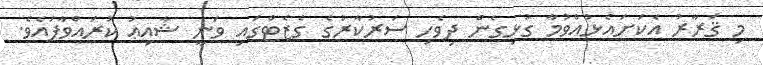
މި ޤަރާރު އެކަށައެޅުއްވުމާ ގުޅިގެން ދިވެހި ސަރުކާރުގެ ގެޒެޓްގައި ވަނީ ޝާއިޢު ކުރައްވާފައެވެ.